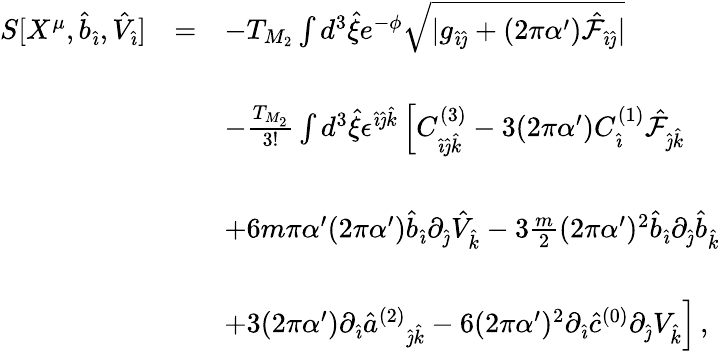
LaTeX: \begin{array}{rcl}{{S[X^{\mu},{\hat{b}}_{\hat{\imath}},{\hat{V}}_{\hat{\imath}}]}}&{{=}}&{{-T_{M_{2}}\int d^{3}{\hat{\xi}}e^{-\phi}\sqrt{|g_{\hat{\imath}\hat{\jmath}}+(2\pi\alpha^{\prime}){\hat{\cal F}}_{\hat{\imath}\hat{\jmath}}|}}}\\ {{}}&{{}}&{{}}\\ {{}}&{{}}&{{-\frac{T_{M_{2}}}{3!}\int d^{3}\hat{\xi}\epsilon^{\hat{\imath}\hat{\jmath}\hat{k}}\left[C_{\hat{\imath}\hat{\jmath}\hat{k}}^{(3)}-3(2\pi\alpha^{\prime})C_{\hat{\imath}}^{(1)}\hat{\cal F}_{\hat{\jmath}\hat{k}}\right.}}\\ {{}}&{{}}&{{}}\\ {{}}&{{}}&{{\left.+6m\pi\alpha^{\prime}(2\pi\alpha^{\prime}){\hat{b}}_{\hat{\imath}}\partial_{\hat{\jmath}}{\hat{V}}_{\hat{k}}-3\frac{m}{2}(2\pi\alpha^{\prime})^{2}{\hat{b}}_{\hat{\imath}}\partial_{\hat{\jmath}}{\hat{b}}_{\hat{k}}\right.}}\\ {{}}&{{}}&{{}}\\ {{}}&{{}}&{{\left.+3(2\pi\alpha^{\prime})\partial_{\hat{\imath}}\hat{a}^{(2)}{}_{\hat{\jmath}\hat{k}}-6(2\pi\alpha^{\prime})^{2}\partial_{\hat{\imath}}{\hat{c}}^{(0)}\partial_{\hat{\jmath}}V_{\hat{k}}\right]\, ,}}\end{array}